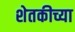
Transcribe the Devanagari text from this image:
शेतकीच्या